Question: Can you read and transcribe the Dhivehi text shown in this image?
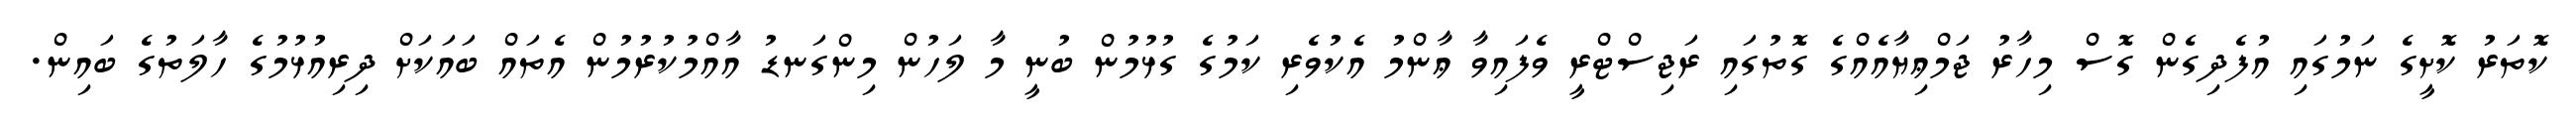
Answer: ކޮތަރު ކޮށީގެ ނަމުގައި އުފެދިގެން ގޮސް މިހާރު ޖަމްޢިޔާއެއްގެ ގޮތުގައި ރަޖިސްޓްރީ ވެފައިވާ ޢާންމު އެކުވެރި ކަމުގެ ގުޅުމުން ބުނީ މާ ލަހުން މިންގަނޑު އާއްމުކުރުމުން އެތައް ބައަކަށް ދިރިއުޅުމުގެ ހާލަތުގެ ބައިން.